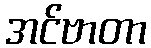
အင်ဗာတာ